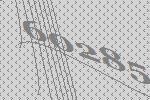
60285